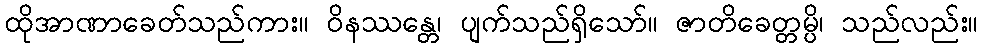
ထိုအာဏာခေတ်သည်ကား။ ဝိနဿန္တေ၊ ပျက်သည်ရှိသော်။ ဇာတိခေတ္တမ္ပိ၊ သည်လည်း။